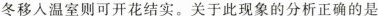
冬移入温室则可开花结实。关于此现象的分析正确的是